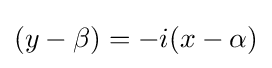
(y-\beta )=-i(x-\alpha )